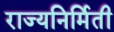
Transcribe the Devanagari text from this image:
राज्यनिर्मिती